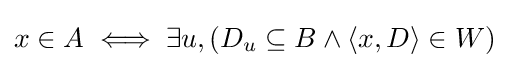
x\in A\iff \exists u,(D_{u}\subseteq B\land \langle x,D\rangle \in W)